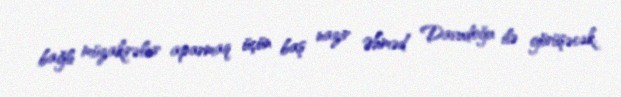
bağlı müzakirələr aparmaq üçün baş nazir Əhməd Davudoğu ilə görüşəcək.